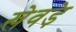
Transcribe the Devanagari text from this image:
खेवड़े